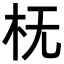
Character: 𬂠